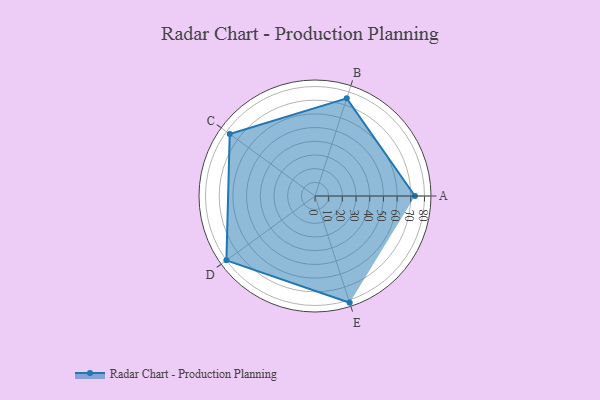
{"axis": {"x": "Skill", "y": "Score"}, "legend": ["Profile"], "data": [{"x": "A", "y": 73.0, "type": "Profile"}, {"x": "B", "y": 75.0, "type": "Profile"}, {"x": "C", "y": 77.0, "type": "Profile"}, {"x": "D", "y": 80.0, "type": "Profile"}, {"x": "E", "y": 82.0, "type": "Profile"}]}